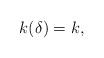
LaTeX: \begin{align*}k(\delta)=k,\end{align*}